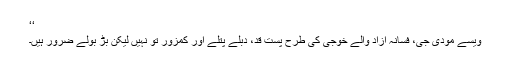
‘‘
ویسے مودی جی، فسانہ آزاد والے خوجی کی طرح پست قد، دبلے پتلے اور کمزور تو نہیں لیکن بڑ بولے ضرور ہیں۔